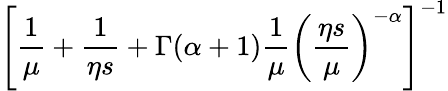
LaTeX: \left[\frac{\displaystyle 1}{\displaystyle\mu}+\frac{\displaystyle 1}{\displaystyle\eta s}+\Gamma(\alpha+1)\frac{\displaystyle 1}{\displaystyle\mu}\left(\frac{\displaystyle\eta s}{\displaystyle\mu}\right)^{-\alpha}\right]^{-1}